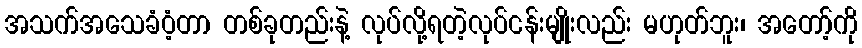
အသက်အသေခံဝံ့တာ တစ်ခုတည်းနဲ့ လုပ်လို့ရတဲ့လုပ်ငန်းမျိုးလည်း မဟုတ်ဘူး၊ အတော့်ကို